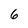
Character: 6